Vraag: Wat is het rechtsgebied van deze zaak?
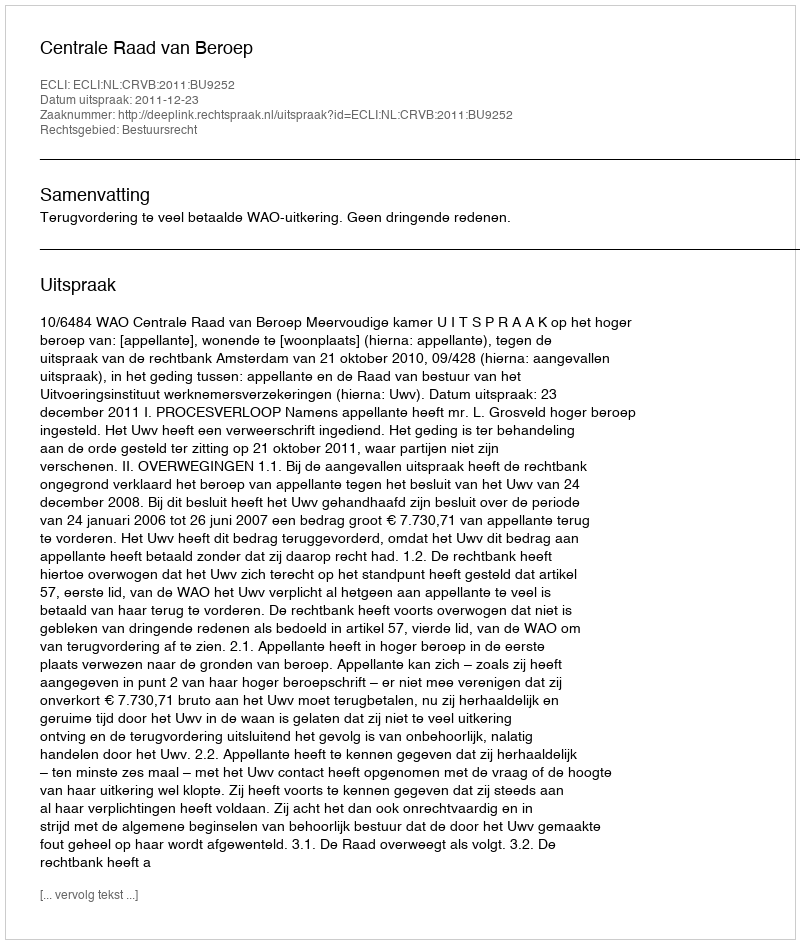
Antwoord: Bestuursrecht